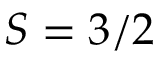
S = 3 / 2